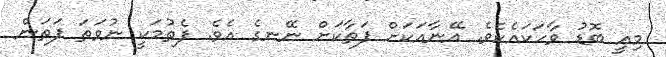
މިއީ ބޮޑު ވާހަކައެކެވެ. އޭނާއަކަށް ފަތާކަށް ނޭނގެ އެވެ. ފެތުމަކީ ނުވަތަ ފަތަން